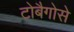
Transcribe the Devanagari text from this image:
टोबैगोसे